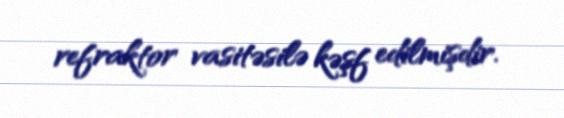
refraktor vasitəsilə kəşf edilmişdir.